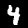
Label: 4